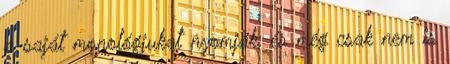
a saját monológjukat nyomják, és még csak nem is